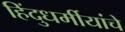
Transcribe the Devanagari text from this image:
हिंदुधर्मीयांचे